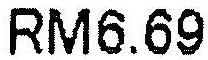
RM6.69